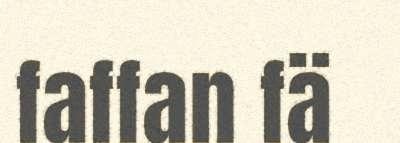
faffan fä